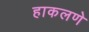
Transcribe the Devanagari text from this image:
हाकलणे